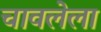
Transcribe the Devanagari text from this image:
चावलेला